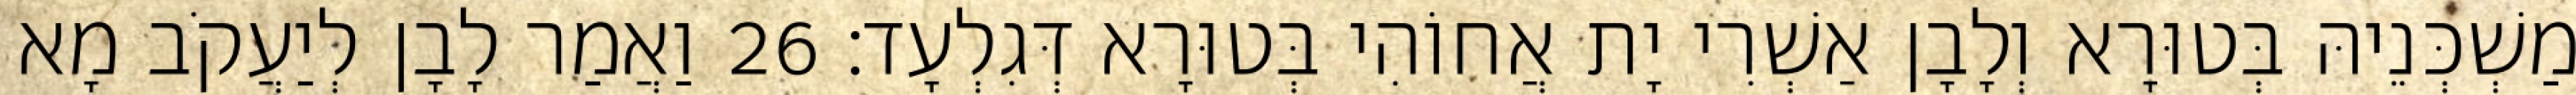
מַשְׁכְּנֵיהּ בְּטוּרָא וְלָבָן אַשְׁרִי יָת אֲחוֹהִי בְּטוּרָא דְּגִלְעָד׃ 26 וַאֲמַר לָבָן לְיַעֲקֹב מָא